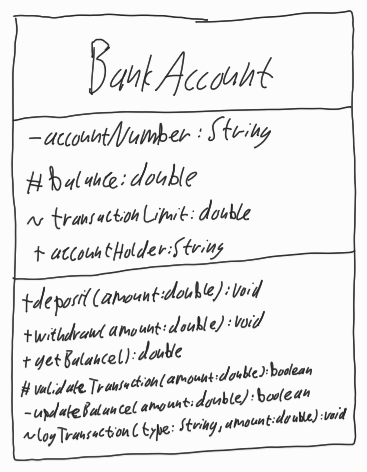
Diagram type: class_diagram
```plantuml
@startuml

class BankAccount {
  - accountNumber: String
  # balance: double
  ~ transactionLimit: double
  + accountHolder: String
  + deposit(amount: double): void
  + withdraw(amount: double): void
  + getBalance(): double
  # validateTransaction(amount: double): boolean
  - updateBalance(amount: double): boolean
  ~ logTransaction(type: String, amount: double): void
}

@enduml
```